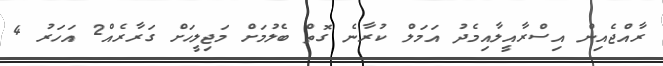
ރާއްޖެއިން އިސްރާއީލާއިމެދު އަމަލް ކުރާނެ ގޮތް ބެލުމަށް މަޖިލީހަށް ގަރާރެއް2 އަހަރު 4